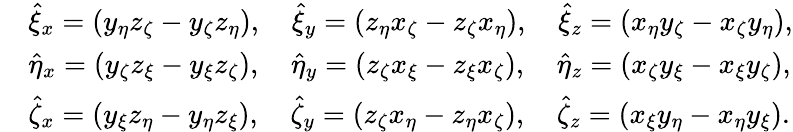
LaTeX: \begin{array}{rl}&{\hat{\xi}_{x}=\left(y_{\eta}z_{\zeta}-y_{\zeta}z_{\eta}\right),\quad\hat{\xi}_{y}=\left(z_{\eta}x_{\zeta}-z_{\zeta}x_{\eta}\right),\quad\hat{\xi}_{z}=\left(x_{\eta}y_{\zeta}-x_{\zeta}y_{\eta}\right),}\\ &{\hat{\eta}_{x}=\left(y_{\zeta}z_{\xi}-y_{\xi}z_{\zeta}\right),\quad\hat{\eta}_{y}=\left(z_{\zeta}x_{\xi}-z_{\xi}x_{\zeta}\right),\quad\hat{\eta}_{z}=\left(x_{\zeta}y_{\xi}-x_{\xi}y_{\zeta}\right),}\\ &{\hat{\zeta}_{x}=\left(y_{\xi}z_{\eta}-y_{\eta}z_{\xi}\right),\quad\hat{\zeta}_{y}=\left(z_{\zeta}x_{\eta}-z_{\eta}x_{\zeta}\right),\quad\hat{\zeta}_{z}=\left(x_{\xi}y_{\eta}-x_{\eta}y_{\xi}\right).}\end{array}